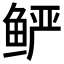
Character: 𲍓